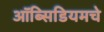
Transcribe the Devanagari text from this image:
ऑब्सिडियमचे